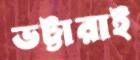
ভট্টারাই